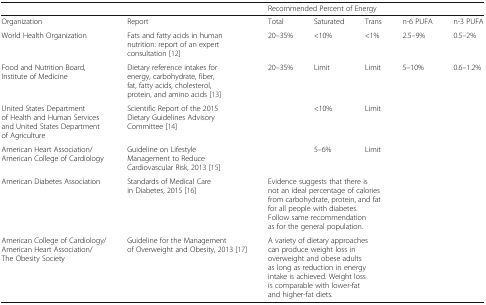
|  |  | <COLSPAN=5> Recommended Percent of Energy |
 | --- | --- | --- | --- | --- | --- | --- |
 | Organization | Report | Total | Saturated | Trans | n-6 PUFA | n-3 PUFA |
 | World Health Organization | Fats and fatty acids in human nutrition: report of an expert consultation [12] | 20–35% | <10% | <1% | 2.5–9% | 0.5–2% |
 | Food and Nutrition Board, Institute of Medicine | Dietary reference intakes for energy, carbohydrate, fiber, fat, fatty acids, cholesterol, protein, and amino acids [13] | 20–35% | Limit | Limit | 5–10% | 0.6–1.2% |
 | United States Department of Health and Human Services and United States Department of Agriculture | Scientific Report of the 2015 Dietary Guidelines Advisory Committee [14] |  | <10% | Limit |  |  |
 | American Heart Association/ American College of Cardiology | Guideline on Lifestyle Management to Reduce Cardiovascular Risk, 2013 [15] |  | 5–6% | Limit |  |  |
 | American Diabetes Association | Standards of Medical Care in Diabetes, 2015 [16] | <COLSPAN=5> Evidence suggests that there is not an ideal percentage of calories from carbohydrate, protein, and fat for all people with diabetes. Follow same recommendation as for the general population. |
 | American College of Cardiology/ American Heart Association/ The Obesity Society | Guideline for the Management of Overweight and Obesity, 2013 [17] | <COLSPAN=5> A variety of dietary approaches can produce weight loss in overweight and obese adults as long as reduction in energy intake is achieved. Weight loss is comparable with lower-fat and higher-fat diets. |